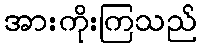
အားကိုးကြသည်